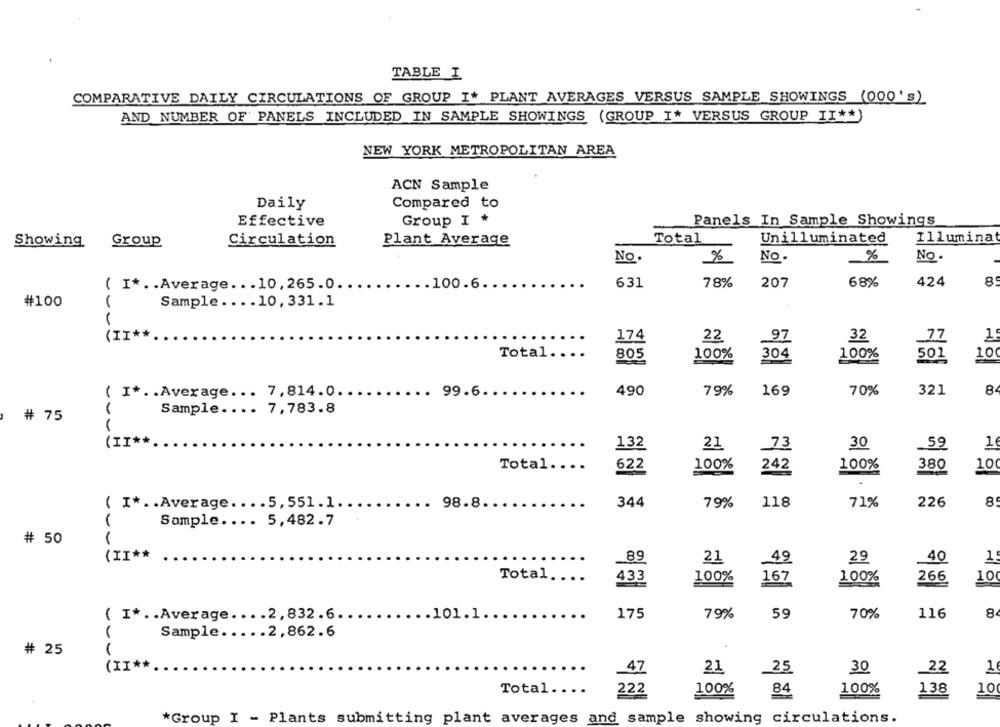
TABLE I
COMPARATIVE DAILY CIRCULATIONS OF GROUP I* PLANT AVERAGES VERSUS SAMPLE SHOWINGS (000' s)
AND NUMBER OF' PANELS INCLUDED IN SAMPLE SHOWINGS (GROUP I* VERSUS GROUP II ** )
NEW YORK METROPOLITAN AREA
ACN Sample
Compared to
Daily
Effective
Group I *
Panels In Sample Showings
Total
Illumina
Showing
Group
Circulation
Plant Average
Unilluminated
No.
No.
%
No.
631
78%
207
68%
424
8
( I *.. Average ... 10,265.0.
.. 100.6
#100
Sample .... 10, 331.1
(II
174
22
97
32
Total.
..
805
100%
304
100%
10
501
( I *.. Average ... 7,814.0.
99.6
490
79%
169
70%
321
8
Sample .... 7,783.8
# 75
(I)
132
.59
21
73
30
1
Total ....
622
100%
100%
380
10
242
71%
( I *.. Average .... 5, 551.1.
98.8.
344
79%
118
226
8
(
Sample .... 5,482.7
# 50
(II **
..
89
21
29
1
49
40
Total.
433
100%
167
100%
266
100
( I *.. Average .... 2,832.6.
101.1
175
79%
59
70%
116
8
Sample ..... 2,862.6
# 25
(II*
21
30
1
47
_25
22
Total.
..
100%
84
100%
138
10
222
*Group I - Plants submitting plant averages and sample showing circulations.